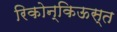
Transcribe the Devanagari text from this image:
रिकोन्किऊस्त